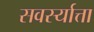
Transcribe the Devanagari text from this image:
सवर्स्यात्ता